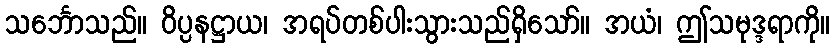
သင်္ဘောသည်။ ဝိပ္ပနဋ္ဌာယ၊ အရပ်တစ်ပါးသွားသည်ရှိသော်။ အယံ၊ ဤသမုဒ္ဒရာကို။